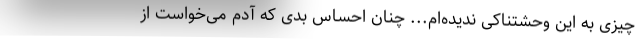
چیزی به این وحشتناکی ندیده‌ام... چنان احساس بدی که آدم می‌خواست از